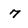
Character: 7